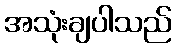
အသုံးချပါသည်